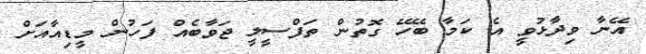
އޭނާ ވިދާޅުވީ އެ ކަމާ ބޭހޭ ގޮތުން ތަފްސީލީ ޖަވާބެއް ފަހުން މީޑިއާއަށް